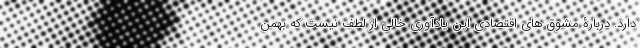
دارد. دربارۀ مشوق های اقتصادی این یادآوری خالی از لطف نیست که بهمن